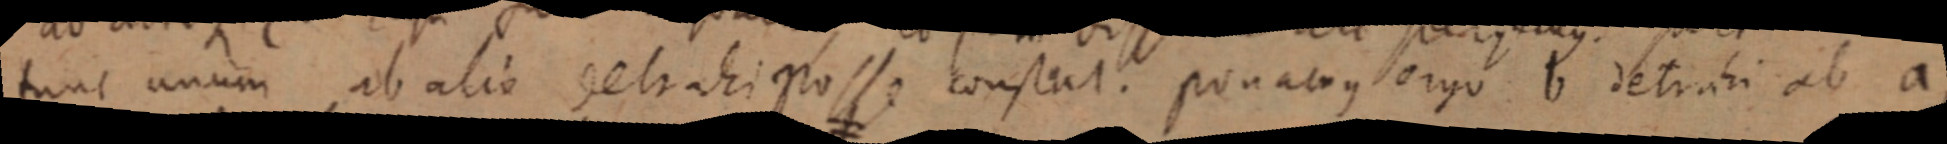
tunc unum ab alio detrahi posse consat. ponabus ergo b detrahi ab a,